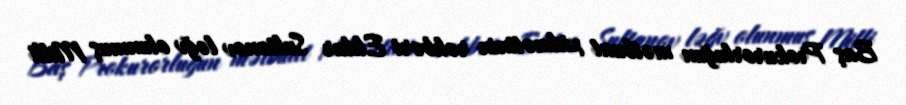
Baş Prokurorluğun mətbuat xidmətinin rəhbəri Eldar Sultanov ləğv olunmuş Milli